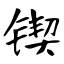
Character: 锲